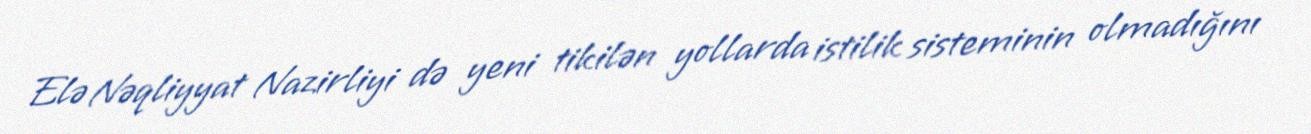
Elə Nəqliyyat Nazirliyi də yeni tikilən yollarda istilik sisteminin olmadığını